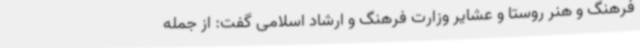
فرهنگ و هنر روستا و عشایر وزارت فرهنگ و ارشاد اسلامی گفت: از جمله